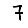
Digit: 7